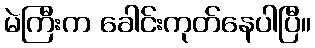
မဲကြီးက ခေါင်းကုတ်နေပါပြီ။